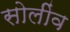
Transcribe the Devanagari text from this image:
सोलींव